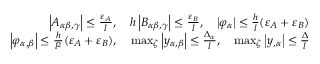
\begin{array} { r } { \left| A _ { \alpha \beta , \gamma } \right| \le \frac { \varepsilon _ { A } } { l } , \quad h \left| B _ { \alpha \beta , \gamma } \right| \le \frac { \varepsilon _ { B } } { l } , \quad \left| \varphi _ { \alpha } \right| \le \frac { h } { l } ( \varepsilon _ { A } + \varepsilon _ { B } ) } \\ { \left| \varphi _ { \alpha , \beta } \right| \le \frac { h } { l ^ { 2 } } ( \varepsilon _ { A } + \varepsilon _ { B } ) , \quad \operatorname* { m a x } _ { \zeta } \left| y _ { \alpha , \beta } \right| \le \frac { \Delta _ { \alpha } } { l } , \quad \operatorname* { m a x } _ { \zeta } \left| y _ { , \alpha } \right| \le \frac { \Delta } { l } } \end{array}